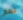
نعم